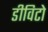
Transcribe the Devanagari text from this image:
डीविटो